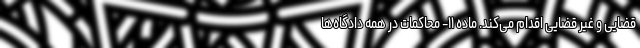
قضایی و غیر قضایی اقدام می‌کند. ماده ۱۱- محاکمات در همه دادگاه‌ها